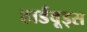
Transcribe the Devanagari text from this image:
हार्डवूड्स